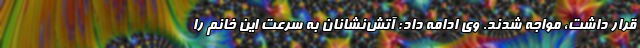
قرار داشت، مواجه شدند. وی ادامه داد: آتش‌نشانان به سرعت این خانم را